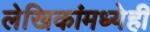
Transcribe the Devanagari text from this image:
लेखिकांमध्येही